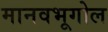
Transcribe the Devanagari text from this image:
मानवभूगोल